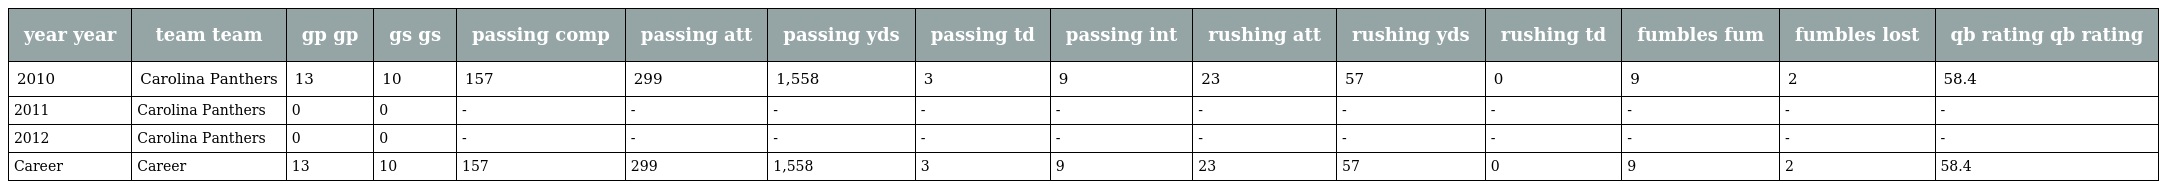
| year year | team team | gp gp | gs gs | passing comp | passing att | passing yds | passing td | passing int | rushing att | rushing yds | rushing td | fumbles fum | fumbles lost | qb rating qb rating |
 | --- | --- | --- | --- | --- | --- | --- | --- | --- | --- | --- | --- | --- | --- | --- |
 | 2010 | Carolina Panthers | 13 | 10 | 157 | 299 | 1,558 | 3 | 9 | 23 | 57 | 0 | 9 | 2 | 58.4 |
 | 2011 | Carolina Panthers | 0 | 0 | - | - | - | - | - | - | - | - | - | - | - |
 | 2012 | Carolina Panthers | 0 | 0 | - | - | - | - | - | - | - | - | - | - | - |
 | Career | Career | 13 | 10 | 157 | 299 | 1,558 | 3 | 9 | 23 | 57 | 0 | 9 | 2 | 58.4 |